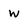
Character: w